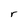
Character: r